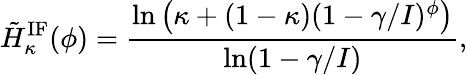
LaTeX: \tilde{H}_{\kappa}^{\mathrm{IF}}(\phi)=\frac{\ln\left(\kappa+(1-\kappa)(1-\gamma/I)^{\phi}\right)}{\ln(1-\gamma/I)},